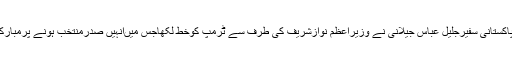
امریکہ میںپاکستانی سفیرجلیل عباس جیلانی نے وزیراعظم نوازشریف کی طرف سے ٹرمپ کوخط لکھاجس میںانہیں صدرمنتخب ہونے پرمبارکباد دی گئی۔